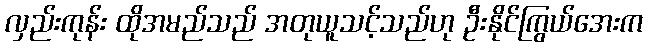
လှည်းကုန်း ထိုအမည်သည် အတုယူသင့်သည်ဟု ဦးနိုင်ကြွယ်အေးက